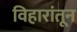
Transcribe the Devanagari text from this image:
विहारांतून